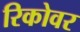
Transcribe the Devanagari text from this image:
रिकोवर